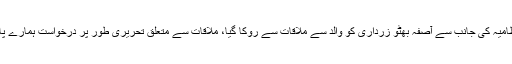
پاکستان پیپلزپارٹی کے سیکرٹری جنرل نیر بخاری نے کہاہے کہ انتظامیہ کی جانب سے آصفہ بھٹو زرداری کو والد سے ملاقات سے روکا گیا، ملاقات سے متعلق تحریری طور پر درخواست ہمارے پاس تھی، انتظامیہ درخواست وصول کرنے کے لئے تیار ہی نہیں تھی۔